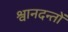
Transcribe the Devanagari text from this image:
श्वानदन्तों